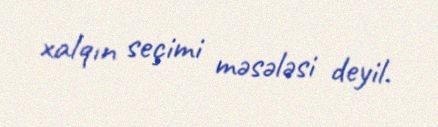
xalqın seçimi məsələsi deyil.